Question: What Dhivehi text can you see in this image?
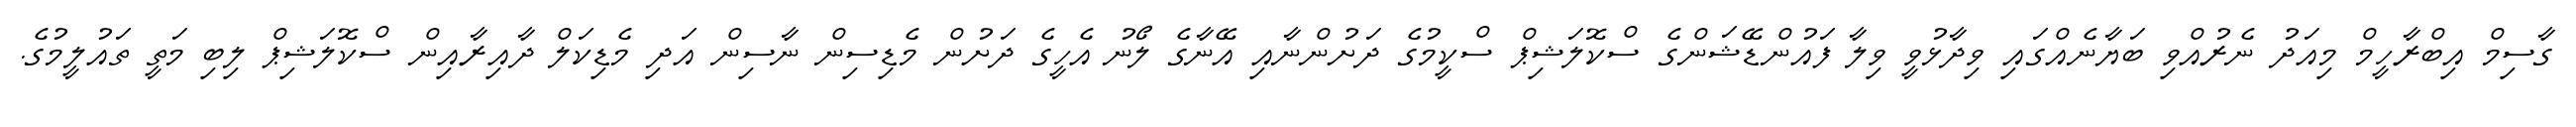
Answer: ގާސިމް އިބްރާހީމް މިއަދު ނެރުއްވި ބަޔާނެއްގައި ވިދާޅުވީ ވިލާ ފައުންޑޭޝަންގެ ސްކޮލަޝިޕް ސްކީމުގެ ދަށުންނާއި އޭނާގެ ލޯނު އެހީގެ ދަށުން މެޑިސިން ނާސިން އަދި މެޑިކަލް ދާއިރާއިން ސްކޮލަޝިޕް ލިބި މަތީ ތައުލީމުގެ.